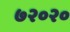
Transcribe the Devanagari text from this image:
७२०२०